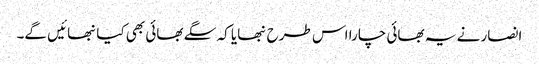
انصار نے یہ بھائی چارا اس طرح نبھایا کہ سگے بھائی بھی کیانبھائیں گے۔